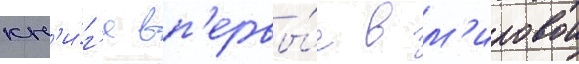
кн'и́г'е вп'ервы́е в м'ировои